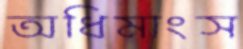
অধিমাংস